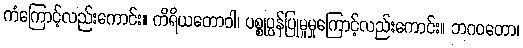
ကံကြောင့်လည်းကောင်း။ ကိရိယတောဝါ၊ ပစ္စုပ္ပန်ပြုမူမှုကြောင့်လည်းကောင်း။ ဘဂဝတော၊